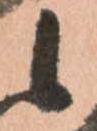
候